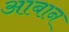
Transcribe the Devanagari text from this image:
आबान